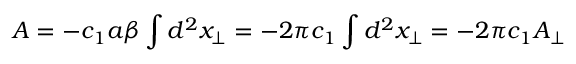
A = - c _ { 1 } a \beta \int d ^ { 2 } x _ { \perp } = - 2 \pi c _ { 1 } \int d ^ { 2 } x _ { \perp } = - 2 \pi c _ { 1 } A _ { \perp }